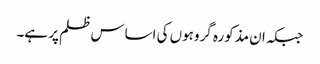
جبکہ ان مذکورہ گروہوں کی اساس ظلم پر ہے۔